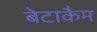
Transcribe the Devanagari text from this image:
बेटाकैम